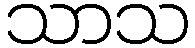
သာသ